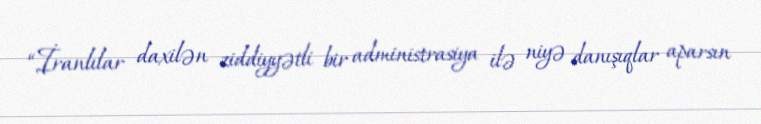
“İranlılar daxilən ziddiyyətli bir administrasiya ilə niyə danışıqlar aparsın